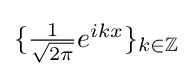
{\textstyle \{{\frac {1}{\sqrt {2\pi }}}e^{ikx}\}_{k\in \mathbb {Z} }}